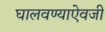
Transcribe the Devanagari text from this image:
घालवण्याऐवजी